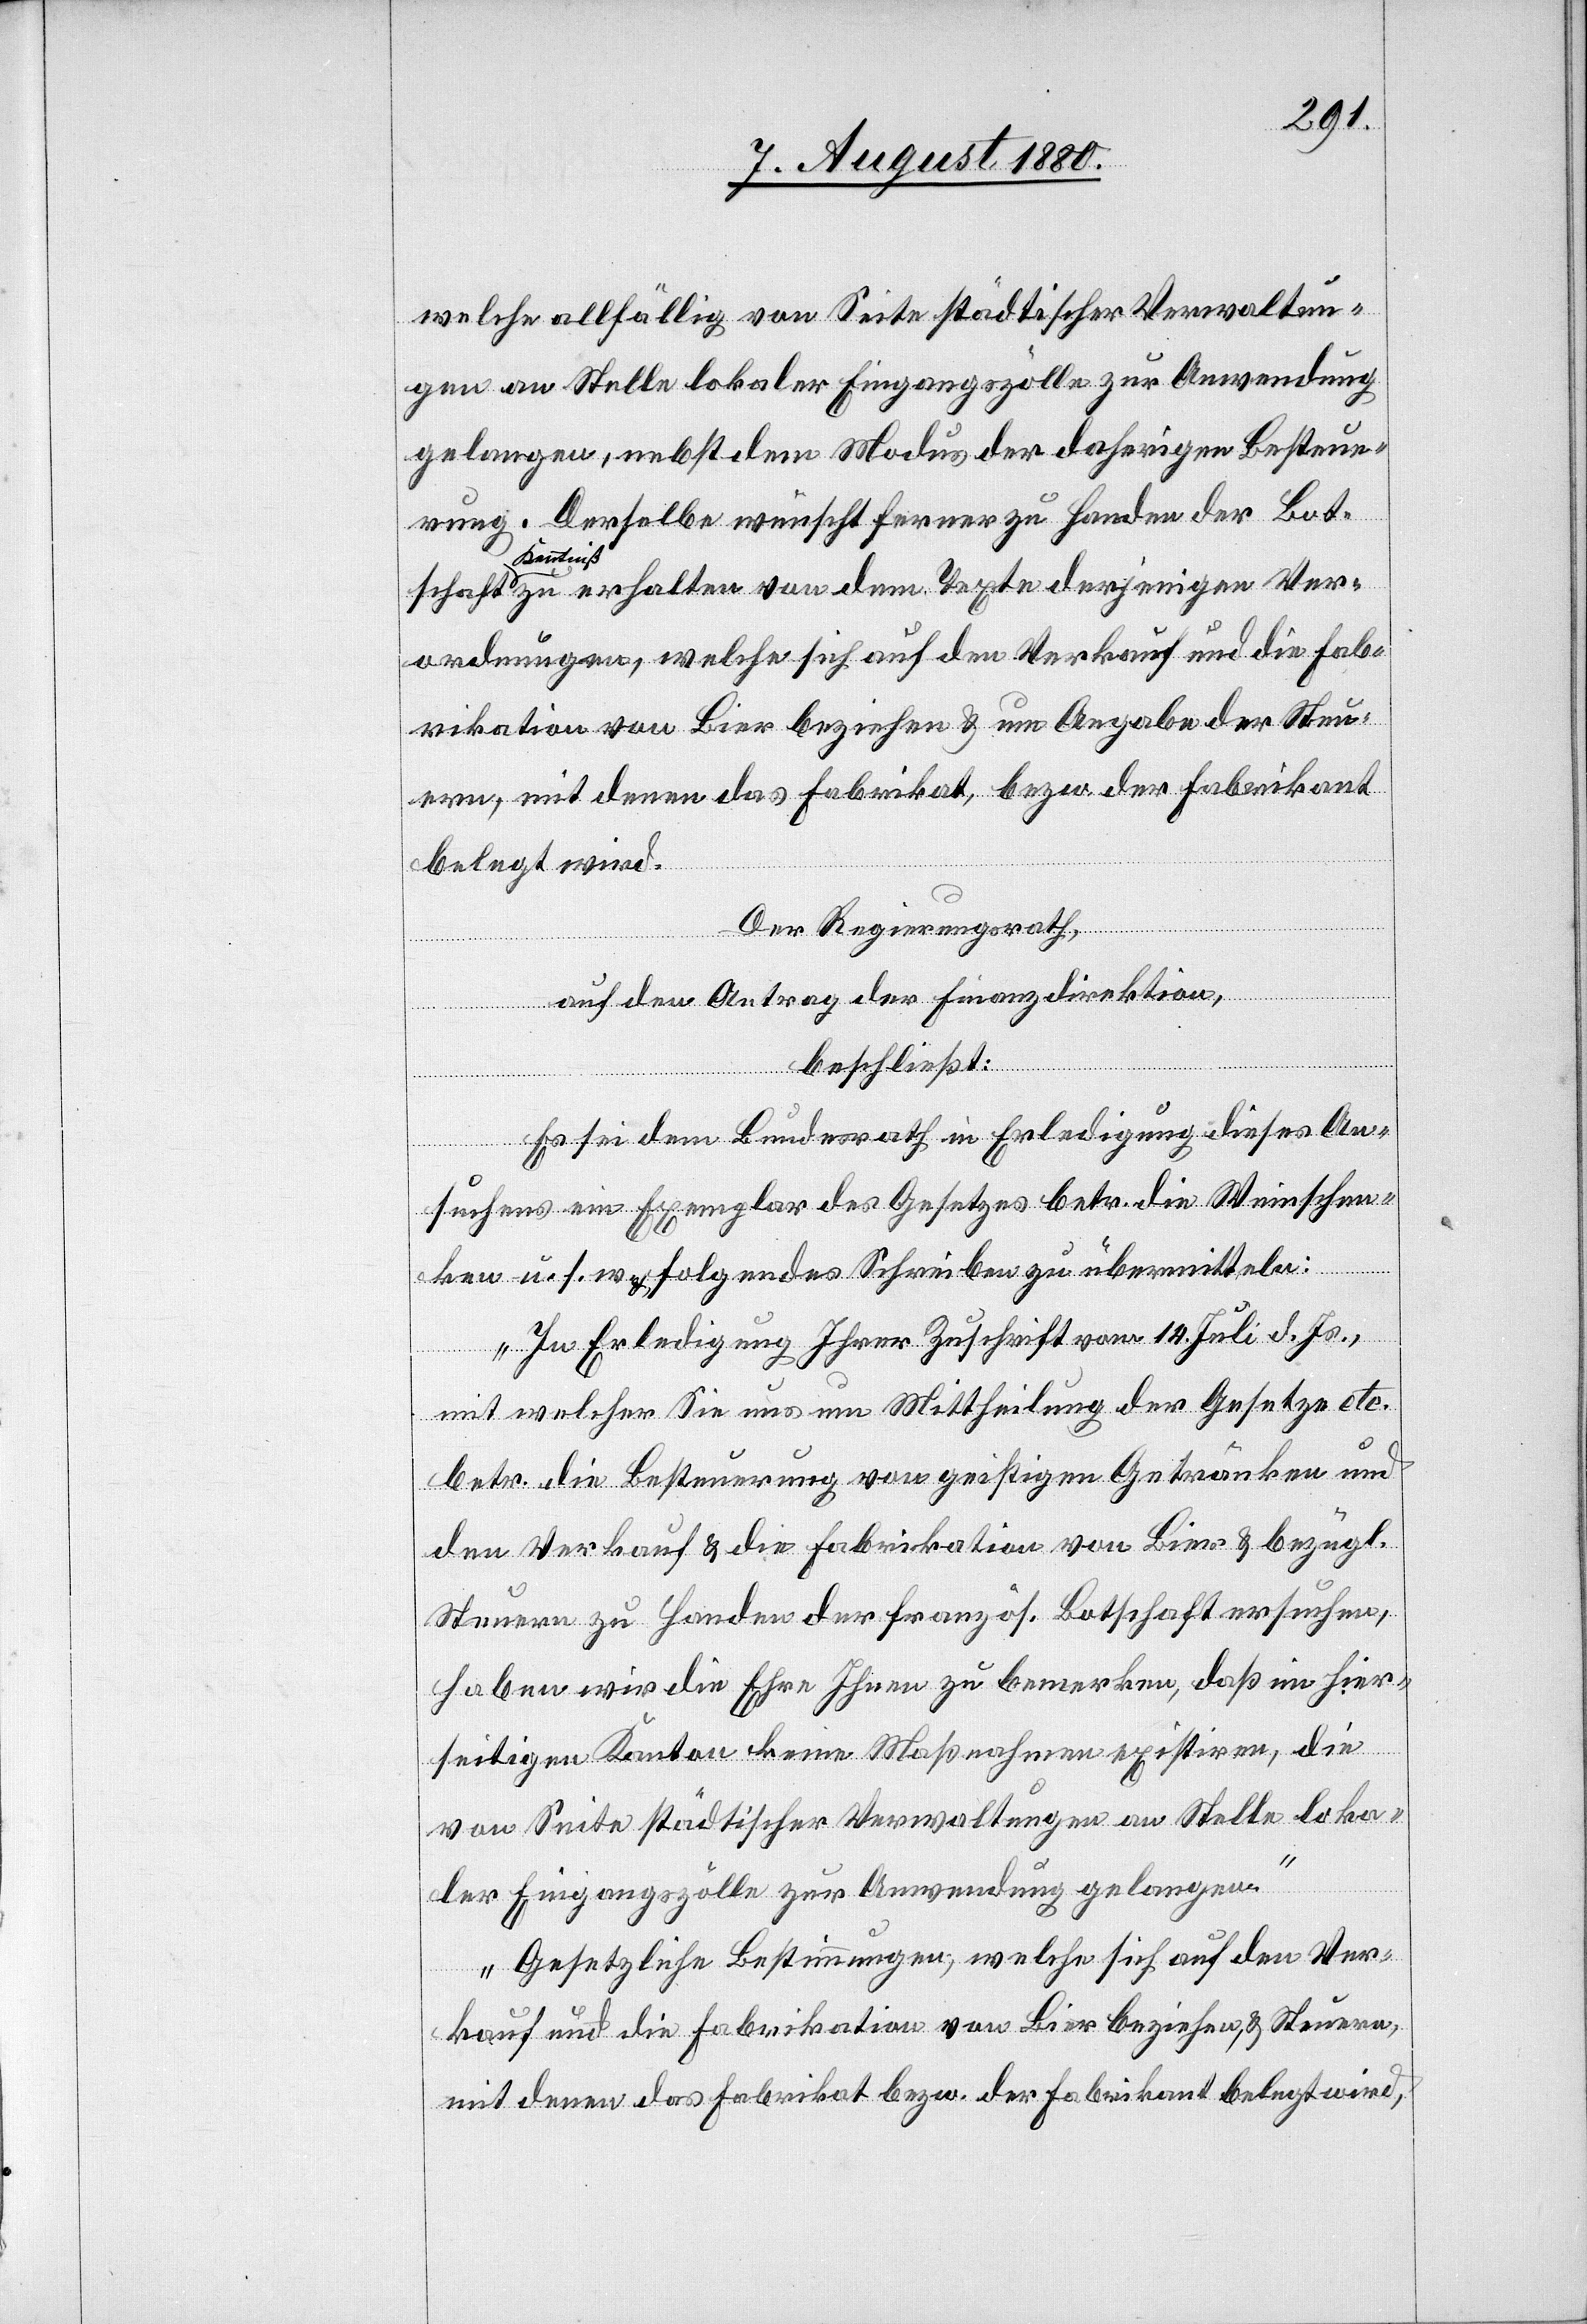
welche allfällig von Seite städtischer Verwaltun¬
gen an stelle lokaler Eingangszölle zur Anwendung
gelangen, nebst dem Modus der daherigen Besteue¬
rung. Derselbe wünscht ferner zu Handen der Bot¬
Kenntniß
ordnungen, welche sich auf den Verkauf und die Fab¬
rikation von Bier beziehen & um Angabe der Steu¬
ern, mit denen das Fabrikat, bezw. der Fabrikant
Ver¬
belegt wird.
Der Regierungsrath,
dem
auf den Antrag der Finanzdirektion,
jenigen
beschließt:
Es sei dem Bundesrath in Erledigung dieses An¬
suchens ein Exemplar des Gesetzes betr. die Weinschen¬
ken u. s. w. folgendes Schreiben zu übermitteln:
„In Erledigung Ihrer Zuschrift vom 14. Juli d. Js.,
mit welcher Sie uns um Mittheilung der Gesetze etc.
betr. die Besteuerung von geistigen Getränken und
den Verkauf & die Fabrikation von Bier & bezügl.
Steuern zu Handen der französ. Botschaft ersuchen,
haben wir die Ehre Ihnen zu bemerken, daß im hier¬
seitigen Kanton keine Maßnahmen existiren, die
von Seite städtischer Verwaltungen an Stelle loka¬
ler Eingangszölle zur Anwendung gelangen.
Gesetzliche Bestimmungen, welche sich auf den Ver¬
kauf und die Fabrikation von Bier beziehen, & Steuern,
mit denen das Fabrikat bez. der Fabrikant belegt wird,